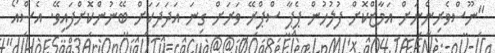
"ނޫސްވެރިންނަށް އަމާޒްކޮށް ފުލުހުން ޕެޕާ ސްޕްރޭ ވަރަށް ގިނަ އަދަދަކަށް ބޭނުންކޮށްފައިވޭ. އެސްއޯ